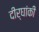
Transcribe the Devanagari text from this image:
दीर्घांकी